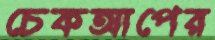
চেকআপের